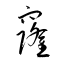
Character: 窿